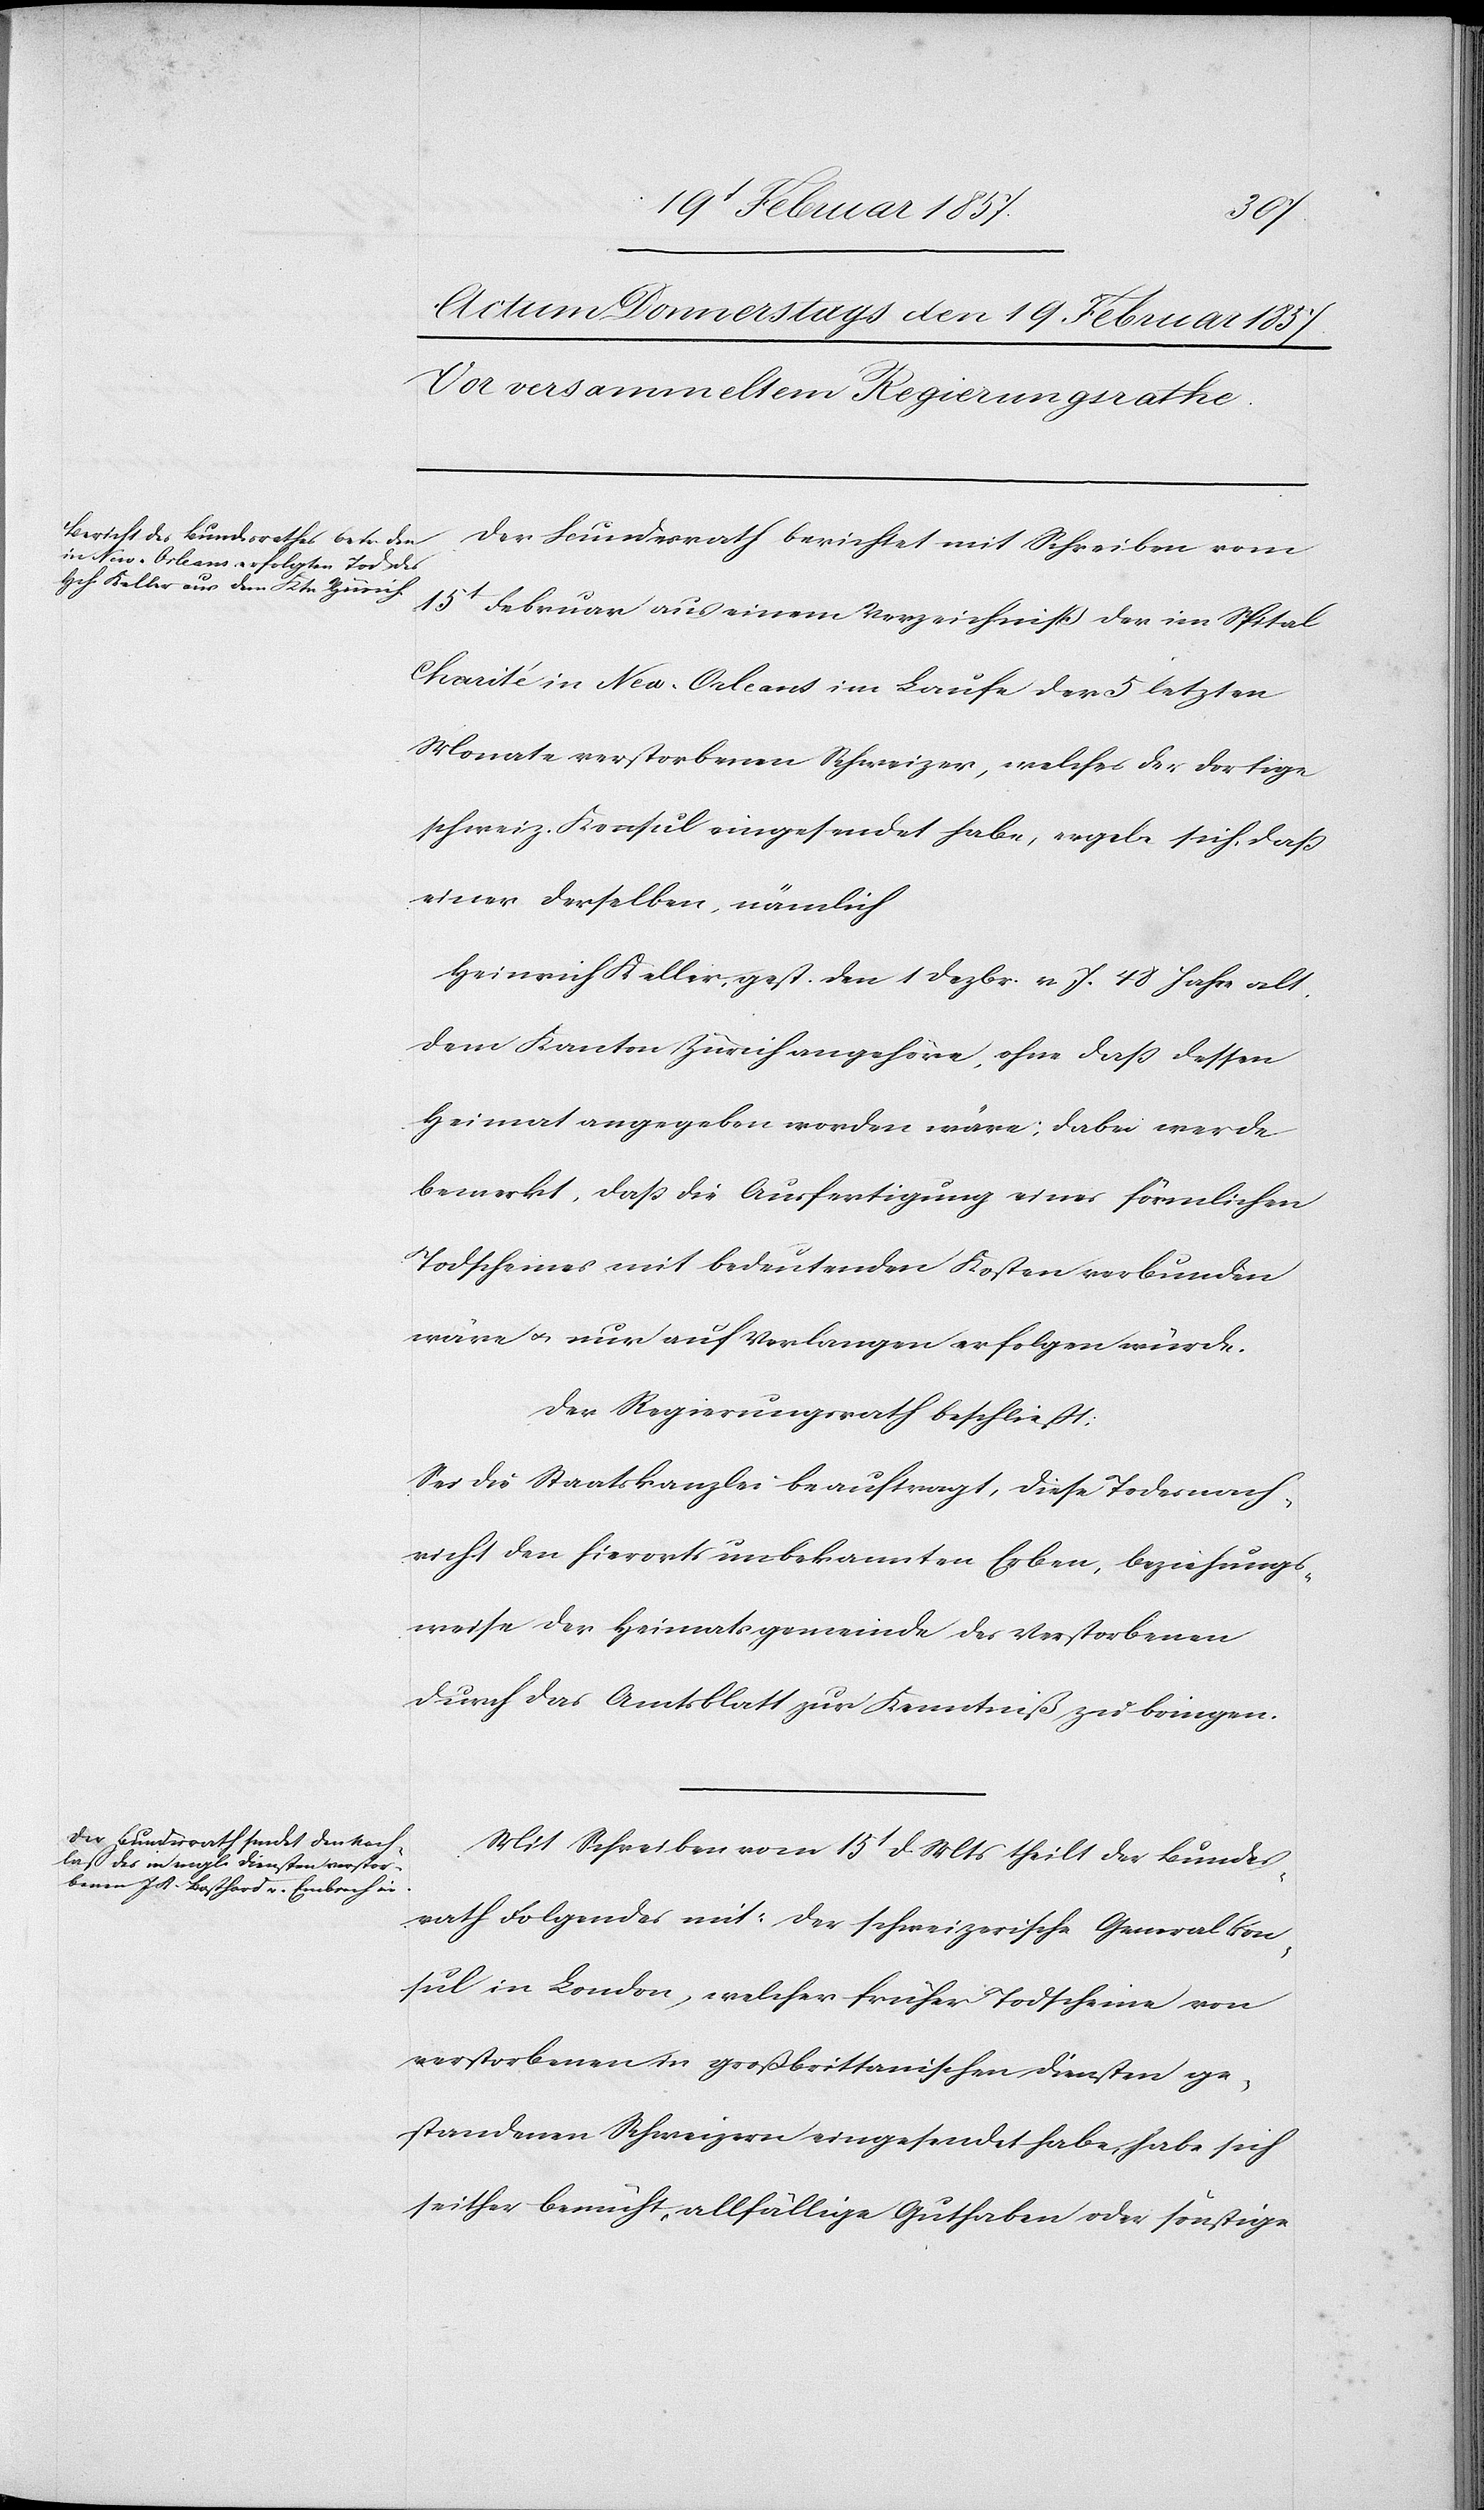
Der Bundesrath berichtet mit Schreiben vom
15t Februar aus einem Verzeichniß der im Spital
Charité in New-Orleans im Laufe der 5 letzten
Monate verstorbenen Schweizer, welches der dortige
schweiz. Konsul eingesendet habe, ergebe sich, daß
einer derselben, nämlich
Heinrich Keller, gest. den 1 Dezbr. v. J. 48 Jahre alt,
dem Kanton Zürich angehöre, ohne daß dessen
Heimat angegeben worden wäre; dabei werde
bemerkt, daß die Ausfertigung eines förmlichen
Todscheines mit bedeutenden Kosten verbunden
wäre u. nur auf Verlangen erfolgen würde.
Der Regierungsrath beschließt:
Sei die Staatskanzlei beauftragt, diese Todesnach¬
richt den hierorts unbekannten Erben, beziehungs¬
weise der Heimatsgemeinde des Verstorbenen
durch das Amtsblatt zur Kenntniß zu bringen.
Mit Schreiben vom 15t d. Mts theilt der Bundes¬
rath Folgendes mit: Der schweizerische Generalkon¬
sul in London, welcher früher Todscheine von
verstorbenen in großbrittanischen Diensten ge¬
standenen Schweizern eingesendet habe, habe sich
seither bemüht, allfällige Guthaben oder sonstige